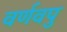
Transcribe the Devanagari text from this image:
वर्णवपु